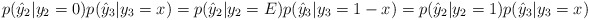
\begin{align*}p(\hat{y}_2|y_2=0)p(\hat{y}_3|y_3=x)=p(\hat{y}_2|y_2=E)p(\hat{y}_3|y_3=1-x)=p(\hat{y}_2|y_2=1)p(\hat{y}_3|y_3=x)\end{align*}